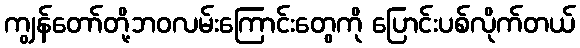
ကျွန်တော်တို့ဘဝလမ်းကြောင်းတွေကို ပြောင်းပစ်လိုက်တယ်